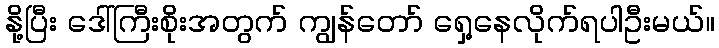
နို့ပြီး ဒေါ်ကြီးစိုးအတွက် ကျွန်တော် ရှေ့နေလိုက်ရပါဦးမယ်။